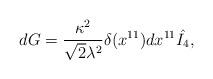
LaTeX: \begin{align*}d G = {\kappa^2 \over \sqrt{2} \lambda^2} \delta(x^{11}) dx^{11} \hat{I_4},\end{align*}